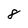
Character: 8